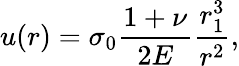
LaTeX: u(r)=\sigma_{0}\frac{1+\nu}{2E}\frac{r_{1}^{3}}{r^{2}},